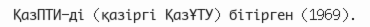
ҚазПТИ-ді (қазіргі ҚазҰТУ) бітірген (1969).